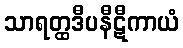
သာရတ္ထဒီပနီဋီကာယံ